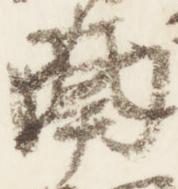
南